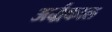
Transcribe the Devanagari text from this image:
अर्द्धकाल